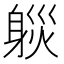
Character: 𨉒